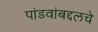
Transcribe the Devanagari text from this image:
पांडवांबद्दलचे